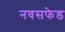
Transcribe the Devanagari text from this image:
नवसफेड